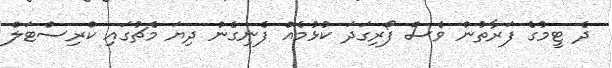
ދެ ޓީމުގެ ފަރާތުން ވެސް ފޯރިގަދަ ކުޅުމެއް ފެނިގެން ދިޔަ މެޗުގައި ކްރިސްޓަލް